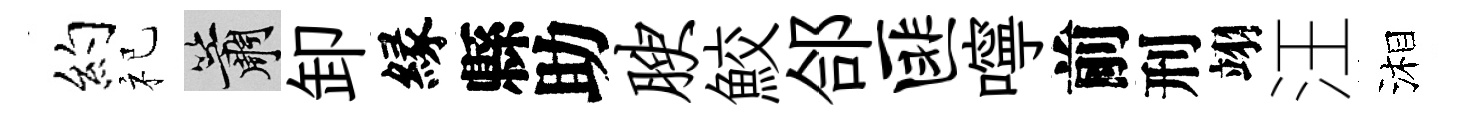
约祀簫卸縁縣助腴鮫郃匪嚀前刑翊汪湘